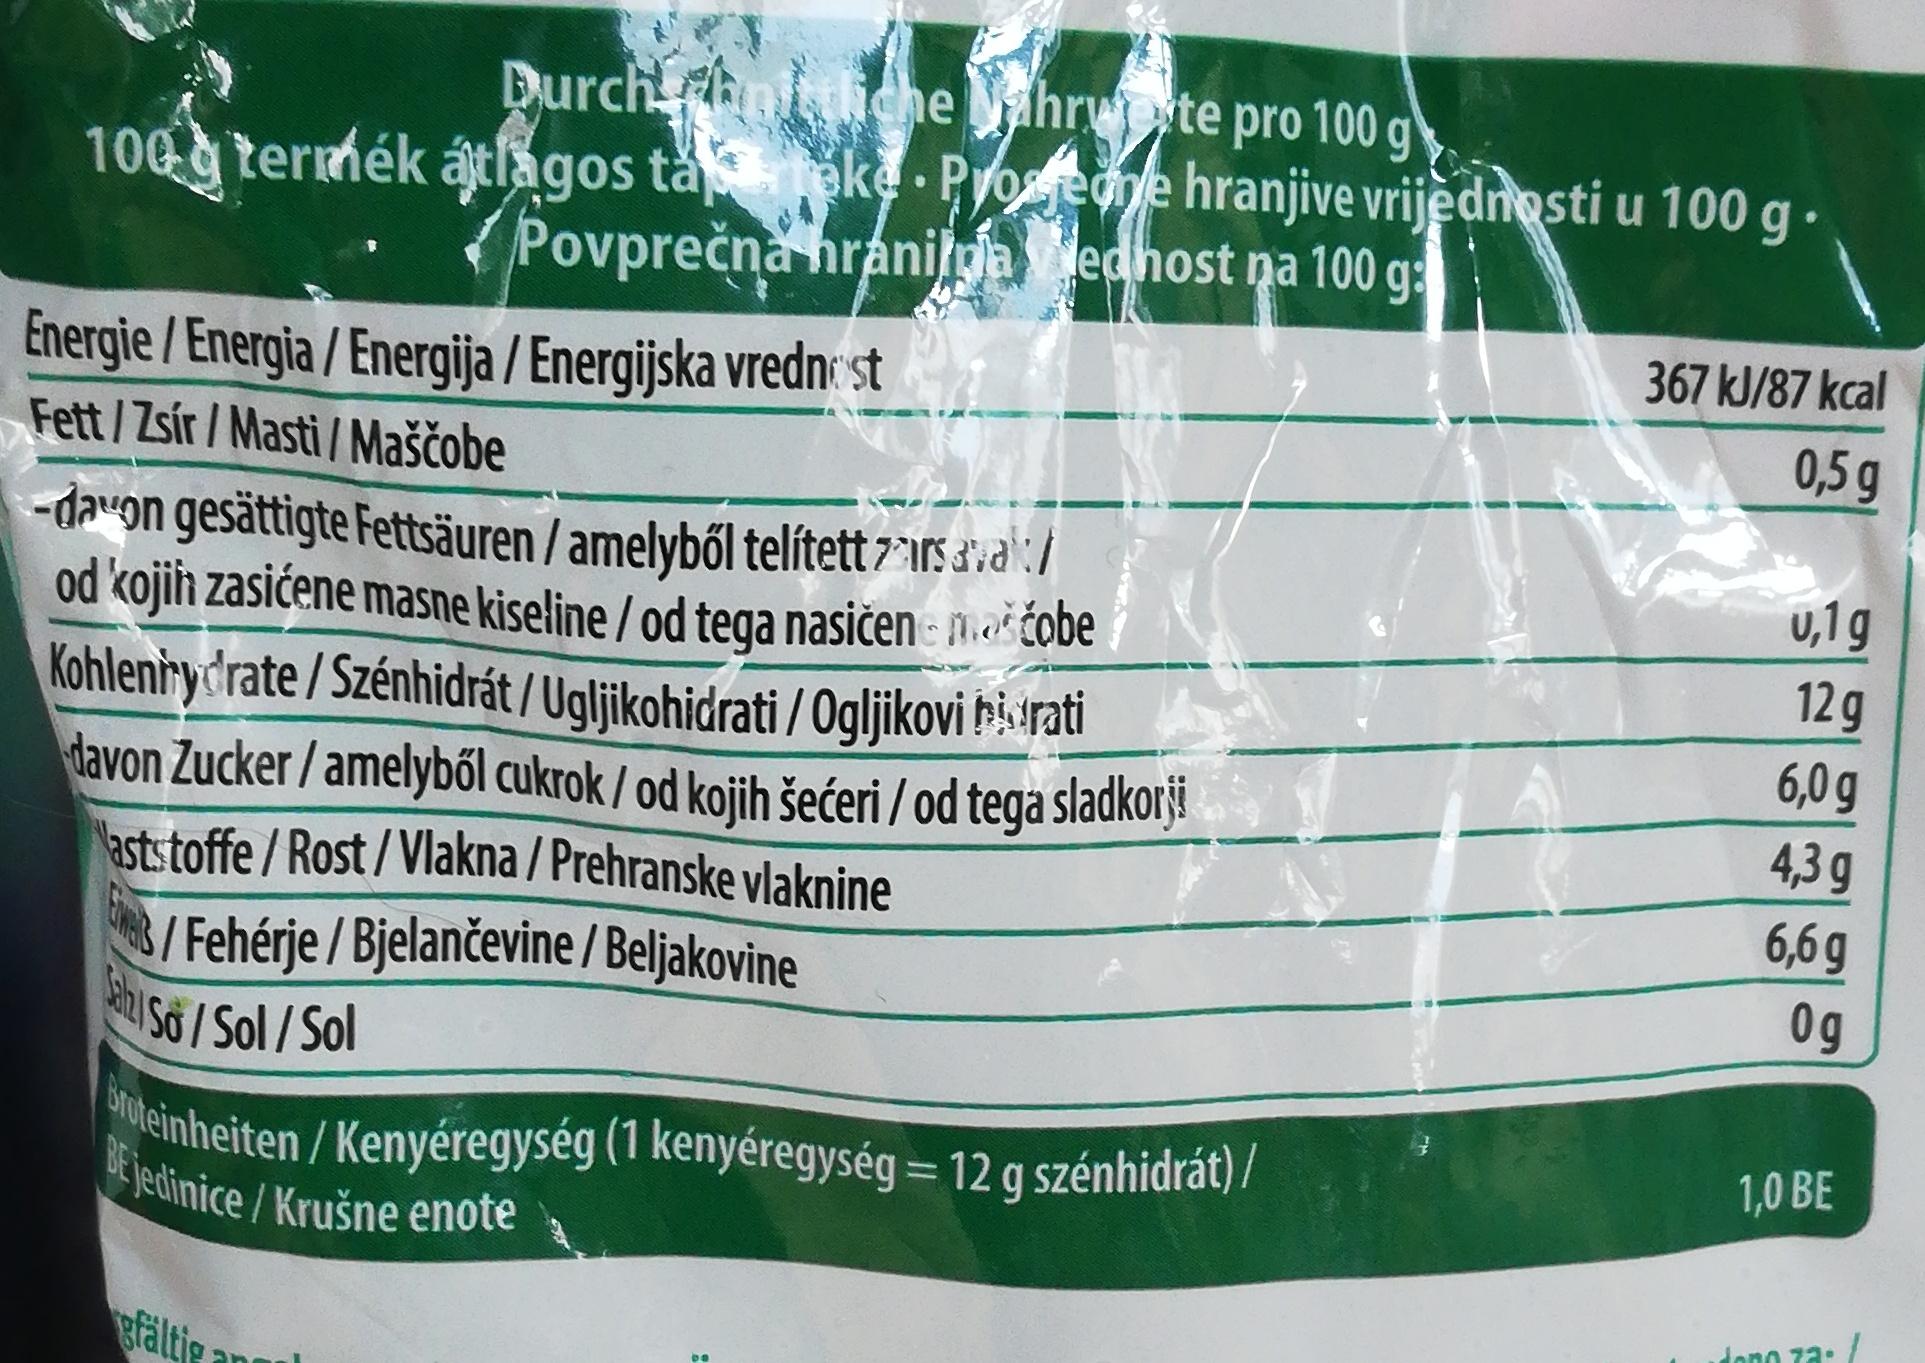
Durchnitiche ahrwte pro 100 g 100g termék átlagos taeke Pyofedne hranjive vrijèdnosti u 100 g. Povprečna hranilma dedhost na 100 g:
367 kJ/87 kcal
Energie / Energia / Energija / Energijska vredn st Fett/Zsír / Masti / Maščobe
0,5 g
-davon gesättigte Fettsäuren / amelyből telített 7 "ir5a'va":/ od kojih zasićene masne kiseline / od tega nasičen - maščobe Kohlenirydrate / Szénhidrát / Ugljikohidrati / Ogljikovi hisirati davon Zucker/amelyből cukrok / od kojih šećeri / od tega sladkorj! ast:toffe/Rost/Vlakna / Prehranske vlaknine 3/ Fehérje / Bjelančevine / Beljakovine Gahu Số / Sol / Sol
u,1g 12g
6,0 g
4,3 g 6,6 g 0g
Sroteinheiten / Kenyéregység (1 kenyéregység = 12 g szénhidrát)/ BE jedinice/Krušne enote
1,0 BE
dono za: /
gfältje